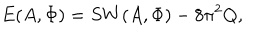
E ( A , \Phi ) = S W ( A , \Phi ) - 8 \pi ^ { 2 } Q ,